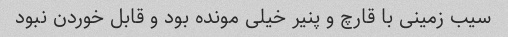
سیب زمینی با قارچ و پنیر خیلی مونده بود و قابل خوردن نبود